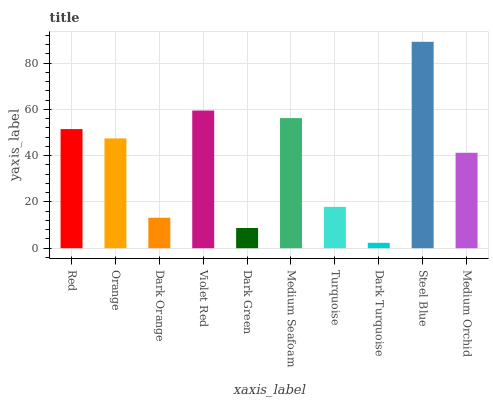
| xaxis_label | bars |
 | --- | --- |
 | Red | 51.5 |
 | Orange | 47.5 |
 | Dark Orange | 13.2 |
 | Violet Red | 59.5 |
 | Dark Green | 8.73 |
 | Medium Seafoam | 56.2 |
 | Turquoise | 17.9 |
 | Dark Turquoise | 2.32 |
 | Steel Blue | 89.2 |
 | Medium Orchid | 41.3 |